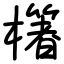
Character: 櫡